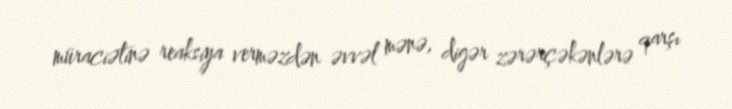
müraciətinə reaksiya verməzdən əvvəl mənə, digər zərərçəkənlərə qarşı